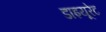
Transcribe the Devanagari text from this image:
डाइयूरेट